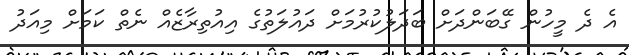
އެ ދެ މީހުން ގޭބަންދަށް ބަދަލުކުރުމަށް ދައުލަތުގެ އިއުތިރާޒެއް ނެތް ކަމަށް މިއަދު